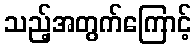
သည့်အတွက်ကြောင့်